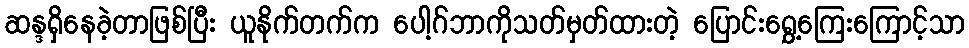
ဆန္ဒရှိနေခဲ့တာဖြစ်ပြီး ယူနိုက်တက်က ပေါ့ဂ်ဘာကိုသတ်မှတ်ထားတဲ့ ပြောင်းရွှေ့ကြေးကြောင့်သာ